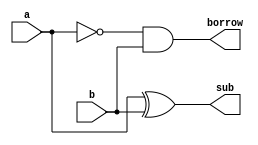
module half_subtractor(sub, borrow, a, b);
	input a, b;
	output sub, borrow;
	wire aNot;

	xor sub_of_digits(sub, a, b);
	not(aNot,a);
	and borrow_of_sub(borrow, aNot, b);

endmodule